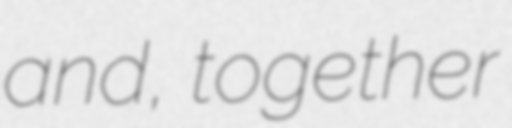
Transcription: and, together